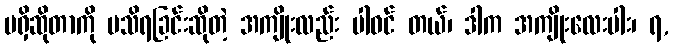
မရှိဆိုတာကို မသိရခြင်းဆိုတဲ့ အကျိုးလည်း ပါဝင် တယ်၊ ဒါက အကျိုးလေးပါး၊ ရ,